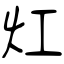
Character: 灴